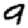
Digit: 9